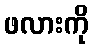
ဖလားကို